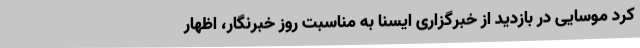
کرد موسایی در بازدید از خبرگزاری ایسنا به مناسبت روز خبرنگار، اظهار